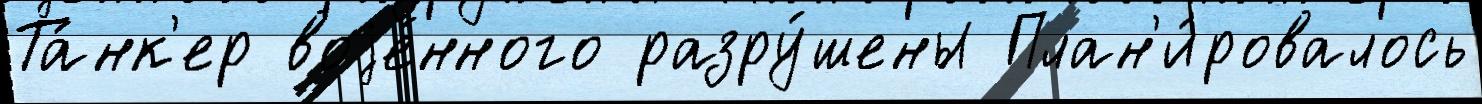
Та́нк'ер воjе́нного разру́шены План'и́ровалось